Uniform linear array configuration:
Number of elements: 16
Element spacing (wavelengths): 0.25
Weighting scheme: hann
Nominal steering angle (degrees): -45
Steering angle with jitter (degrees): -44.559
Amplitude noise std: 0.05
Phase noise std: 0.05

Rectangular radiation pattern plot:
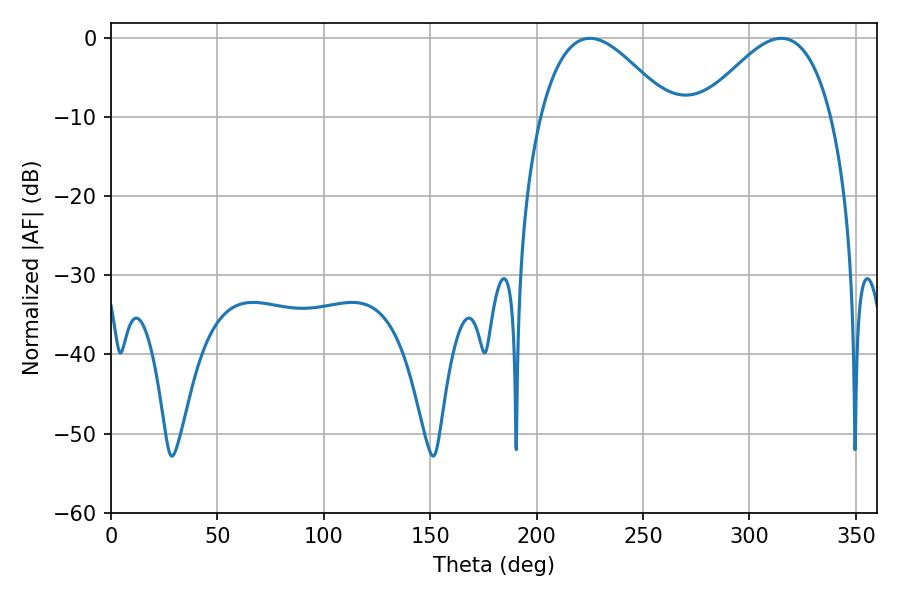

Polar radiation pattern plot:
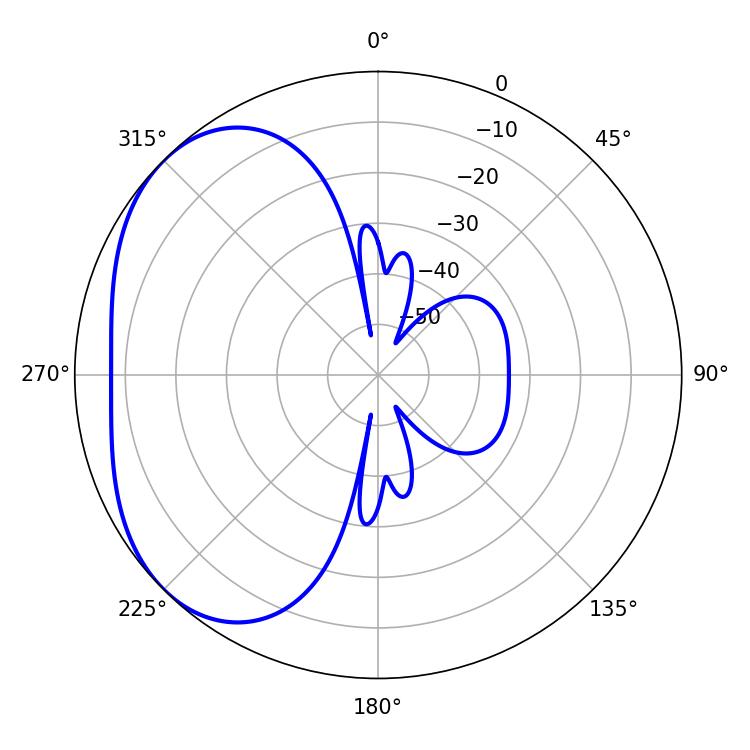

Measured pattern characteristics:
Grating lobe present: FALSE
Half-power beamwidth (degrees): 33.12
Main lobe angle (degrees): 225